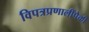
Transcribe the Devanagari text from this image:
विपत्रप्रणालींपैकी